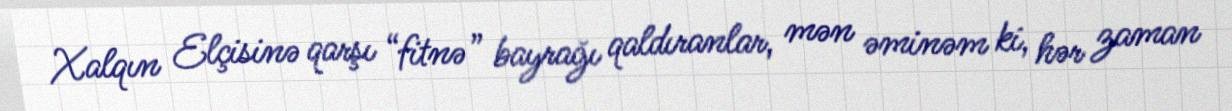
Xalqın Elçisinə qarşı “fitnə” bayrağı qaldıranlar, mən əminəm ki, hər zaman